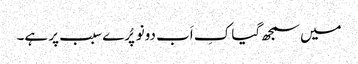
میں سمجھ گیا کِ اَب دونو پُرے سبب پر ہے۔